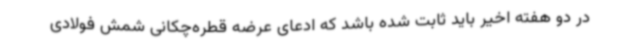
در دو هفته اخیر باید ثابت شده باشد که ادعای عرضه قطره‌چکانی شمش فولادی